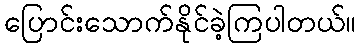
ပြောင်းသောက်နိုင်ခဲ့ကြပါတယ်။